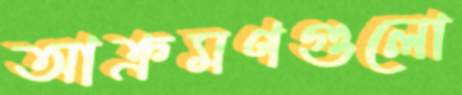
আক্রমণগুলো